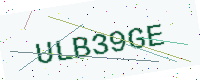
Text: ULB39GE